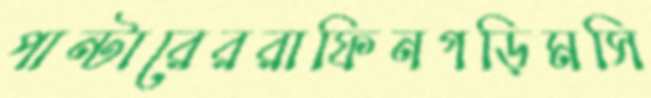
পান্টারেররাফিনগড়িমসি